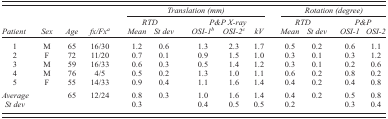
<table><thead><tr><td></td><td></td><td></td><td></td><td colspan="5"><b><i>Translation (mm)</i></b></td><td colspan="4"><b><i>Rotation (degree)</i></b></td></tr><tr><td></td><td></td><td></td><td></td><td colspan="2"><b><i>RTD</i></b></td><td colspan="3"><b><i>P&amp;P X‐ray</i></b></td><td colspan="2"><b><i>RTD</i></b></td><td colspan="2"><b><i>P&amp;P</i></b></td></tr><tr><td><b><i>Patient</i></b></td><td><b><i>Sex</i></b></td><td><b><i>Age</i></b></td><td><b><i>fx/Fx<sup>a</sup></i></b></td><td><b><i>Mean</i></b></td><td><b><i>St dev</i></b></td><td><b><i>OSI‐1<sup>b</sup></i></b></td><td><b><i>OSI‐2<sup>c</sup></i></b></td><td><b><i>kV</i></b></td><td><b><i>Mean</i></b></td><td><b><i>St dev</i></b></td><td><b><i>OSI‐1</i></b></td><td><b><i>OSI‐2</i></b></td></tr></thead><tbody><tr><td>1</td><td>M</td><td>65</td><td>16/30</td><td>1.2</td><td>0.6</td><td>1.3</td><td>2.3</td><td>1.7</td><td>0.5</td><td>0.2</td><td>0.6</td><td>1.1</td></tr><tr><td>2</td><td>F</td><td>72</td><td>11/20</td><td>0.7</td><td>0.1</td><td>0.9</td><td>1.5</td><td>1.0</td><td>0.3</td><td>0.1</td><td>0.3</td><td>1.2</td></tr><tr><td>3</td><td>M</td><td>59</td><td>16/33</td><td>0.6</td><td>0.3</td><td>0.5</td><td>1.4</td><td>1.2</td><td>0.3</td><td>0.1</td><td>0.2</td><td>0.6</td></tr><tr><td>4</td><td>M</td><td>76</td><td>4/5</td><td>0.5</td><td>0.2</td><td>1.3</td><td>1.0</td><td>1.1</td><td>0.6</td><td>0.2</td><td>0.8</td><td>0.2</td></tr><tr><td>5</td><td>F</td><td>55</td><td>14/33</td><td>0.9</td><td>0.4</td><td>1.1</td><td>1.6</td><td>1.4</td><td>0.4</td><td>0.2</td><td>0.4</td><td>0.8</td></tr><tr><td><i>Average</i></td><td></td><td>65</td><td>12/24</td><td>0.8</td><td>0.3</td><td>1.0</td><td>1.6</td><td>1.4</td><td>0.4</td><td>0.2</td><td>0.5</td><td>0.8</td></tr><tr><td><i>St dev</i></td><td></td><td></td><td></td><td>0.3</td><td></td><td>0.4</td><td>0.5</td><td>0.5</td><td>0.2</td><td></td><td>0.3</td><td>0.4</td></tr></tbody></table>